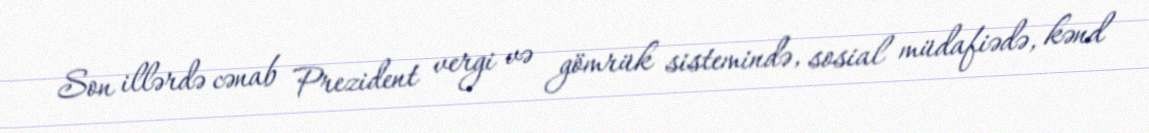
Son illərdə cənab Prezident vergi və gömrük sistemində, sosial müdafiədə, kənd